DOW-UAP-D63, Mission Report, Strait of Hormuz, October 2020
Agency: Department of War
Incident date: 10/1/20
Incident location: Strait of Hormuz
Page 1
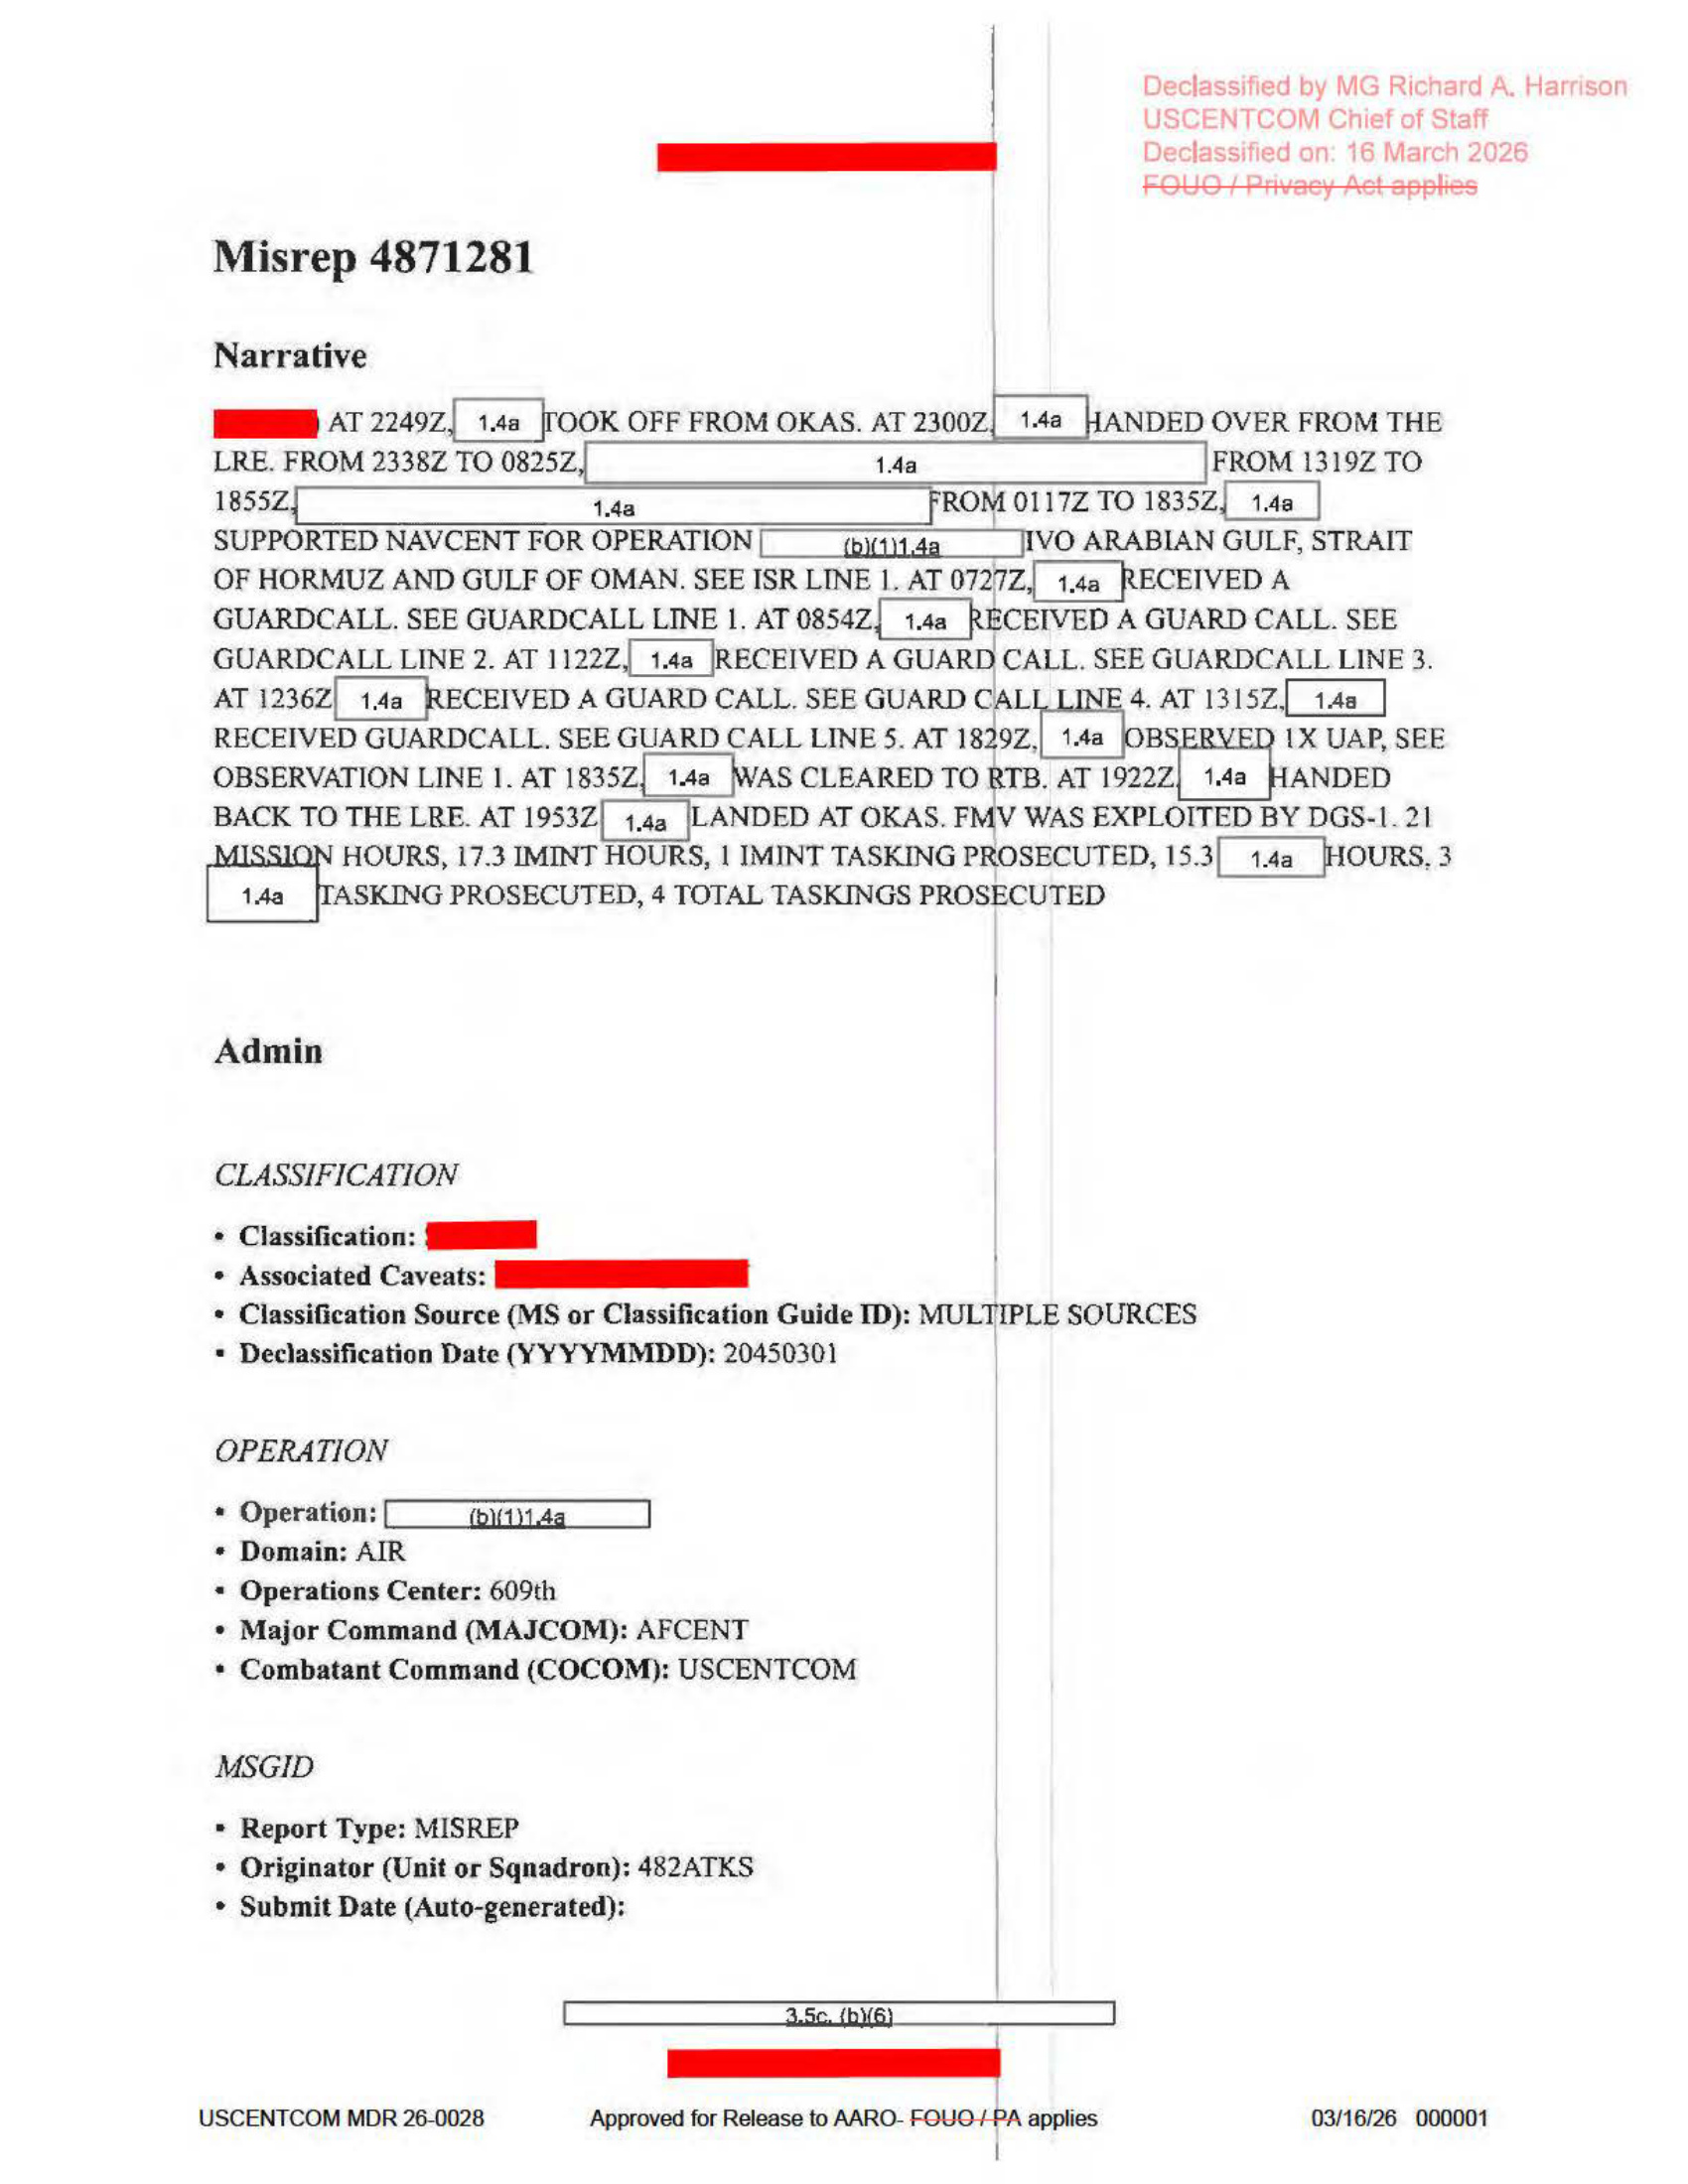